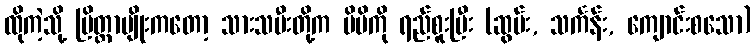
ထိုကဲ့သို့ ပြိတ္တာမျိုးကတော့ သားသမီးတို့က မိမိကို ရည်စူးပြီး (ဆွမ်း, သင်္ကန်း, ကျောင်းစသော)